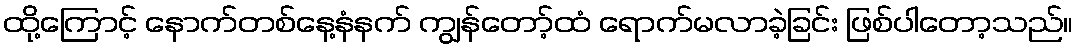
ထို့ကြောင့် နောက်တစ်နေ့နံနက် ကျွန်တော့်ထံ ရောက်မလာခဲ့ခြင်း ဖြစ်ပါတော့သည်။